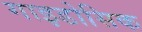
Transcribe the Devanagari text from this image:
गाइडोसिक